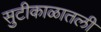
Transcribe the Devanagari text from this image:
सुटीकाळातली